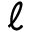
\ell